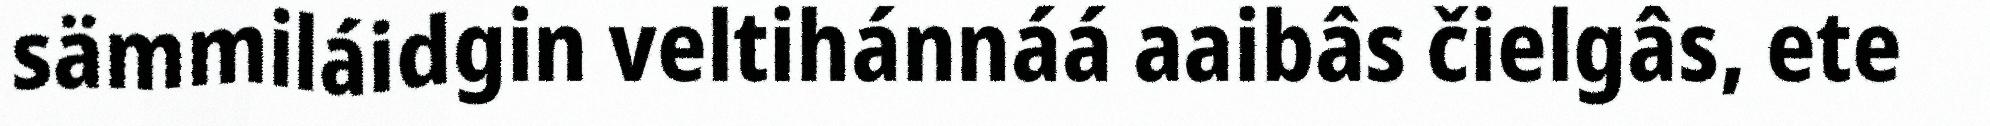
sämmiláidgin veltihánnáá aaibâs čielgâs, ete